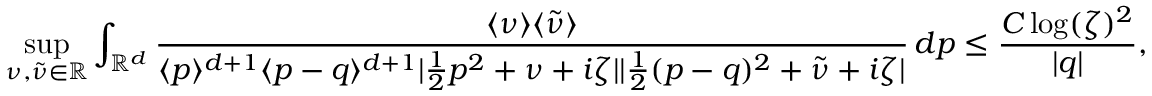
\operatorname* { s u p } _ { \nu , \tilde { \nu } \in \mathbb { R } } \int _ { \mathbb { R } ^ { d } } \frac { \langle \nu \rangle \langle \tilde { \nu } \rangle } { \langle p \rangle ^ { d + 1 } \langle p - q \rangle ^ { d + 1 } | \frac { 1 } { 2 } p ^ { 2 } + \nu + i \zeta | | \frac { 1 } { 2 } ( p - q ) ^ { 2 } + \tilde { \nu } + i \zeta | } \, d p \leq \frac { C \log ( \zeta ) ^ { 2 } } { | q | } ,